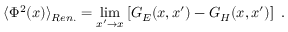
\langle \Phi ^ { 2 } ( x ) \rangle _ { R e n . } = \operatorname * { l i m } _ { x ^ { \prime } \to x } \left[ G _ { E } ( x , x ^ { \prime } ) - G _ { H } ( x , x ^ { \prime } ) \right] \ .